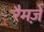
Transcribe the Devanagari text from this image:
रैमज़े